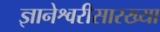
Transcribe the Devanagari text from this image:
ज्ञानेश्वरीसारख्या